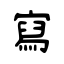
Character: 寫